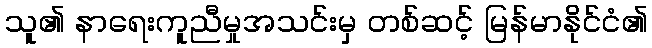
သူ၏ နာရေးကူညီမှုအသင်းမှ တစ်ဆင့် မြန်မာနိုင်ငံ၏